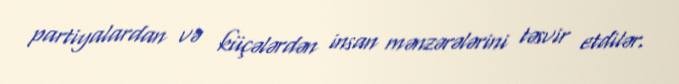
partiyalardan və küçələrdən insan mənzərələrini təsvir etdilər.